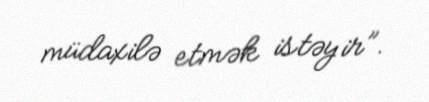
müdaxilə etmək istəyir”.